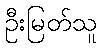
ဦးမြတ်သူ